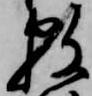
数